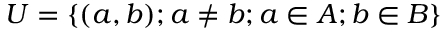
U = \{ ( a , b ) ; a \neq b ; a \in A ; b \in B \}